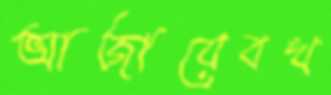
আজায়েবখ